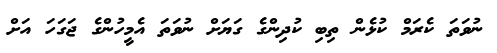
ނުވަތަ ކެރަމް ކުޅެން ތިބި ކުދިންގެ ގަޔަށް ނުވަތަ އެމީހުންގެ ޖަގަހަ އަށް